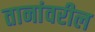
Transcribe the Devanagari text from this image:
तानांवरील